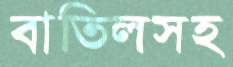
বাতিলসহ